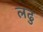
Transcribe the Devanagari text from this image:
लढु